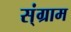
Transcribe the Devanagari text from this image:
स्ंग्राम